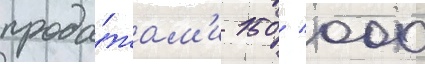
прода́жам'и 150 / 000